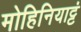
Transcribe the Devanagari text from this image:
मोहिनियाट्टं